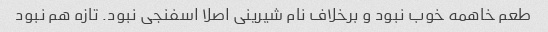
طعم خاهمه خوب نبود و برخلاف نام شیرینی اصلا اسفنجی نبود. تازه هم نبود